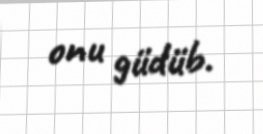
onu güdüb.